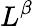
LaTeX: L^{\beta}